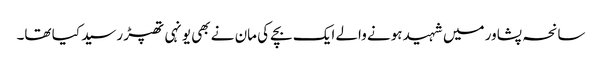
سانحہ پشاور میں شہید ہونے والے ایک بچے کی مان نے بھی یونہی تھپڑ رسید کیا تھا۔